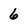
Character: 6